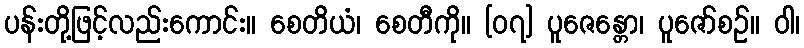
ပန်းတို့ဖြင့်လည်းကောင်း။ စေတိယံ၊ စေတီကို။ [၀၇] ပူဇေန္တော၊ ပူဇော်စဉ်။ ဝါ၊